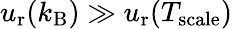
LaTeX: u_{\mathrm{r}}(k_{\mathrm{B}})\gg u_{\mathrm{r}}(T_{\mathrm{scale}})